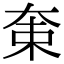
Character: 𡘝